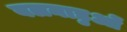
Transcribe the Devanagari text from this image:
बलनाडुओं